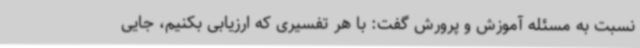
نسبت به مسئله آموزش و پرورش گفت: با هر تفسیری که ارزیابی بکنیم، جایی